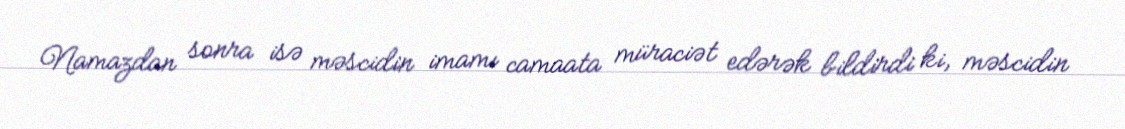
Namazdan sonra isə məscidin imamı camaata müraciət edərək bildirdi ki, məscidin